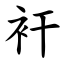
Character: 衦